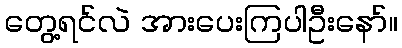
တွေ့ရင်လဲ အားပေးကြပါဦးနော်။